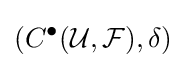
(C^{\bullet }({\mathcal {U}},{\mathcal {F}}),\delta )